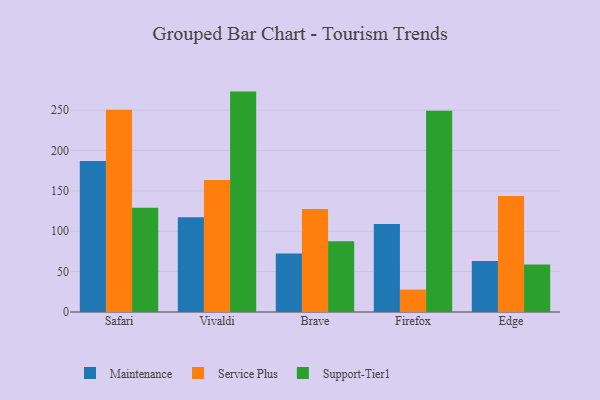
{"axis": {"x": "Browser", "y": "Conversion Rate (%)"}, "legend": ["Maintenance", "Service Plus", "Support-Tier1"], "data": [{"x": "Safari", "y": 187.1, "type": "Maintenance"}, {"x": "Safari", "y": 250.4, "type": "Service Plus"}, {"x": "Safari", "y": 129.1, "type": "Support-Tier1"}, {"x": "Vivaldi", "y": 117.5, "type": "Maintenance"}, {"x": "Vivaldi", "y": 163.6, "type": "Service Plus"}, {"x": "Vivaldi", "y": 273.0, "type": "Support-Tier1"}, {"x": "Brave", "y": 72.4, "type": "Maintenance"}, {"x": "Brave", "y": 127.7, "type": "Service Plus"}, {"x": "Brave", "y": 87.7, "type": "Support-Tier1"}, {"x": "Firefox", "y": 109.1, "type": "Maintenance"}, {"x": "Firefox", "y": 27.8, "type": "Service Plus"}, {"x": "Firefox", "y": 249.4, "type": "Support-Tier1"}, {"x": "Edge", "y": 63.2, "type": "Maintenance"}, {"x": "Edge", "y": 143.8, "type": "Service Plus"}, {"x": "Edge", "y": 58.8, "type": "Support-Tier1"}]}